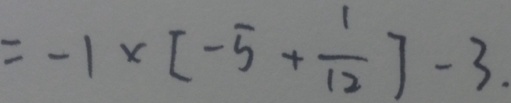
= - 1 \times [ - 5 + \frac { 1 } { 1 2 } ] - 3 .